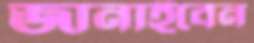
জানাইবেন